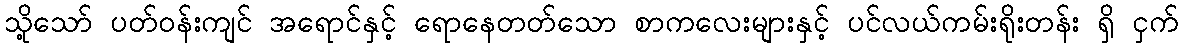
သို့သော် ပတ်ဝန်းကျင် အရောင်နှင့် ရောနေတတ်သော စာကလေးများနှင့် ပင်လယ်ကမ်းရိုးတန်း ရှိ ငှက်